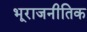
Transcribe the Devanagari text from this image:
भूराजनीतिक